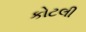
કોટલી